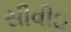
સીવીઇ